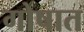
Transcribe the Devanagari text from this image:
गोषात